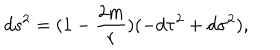
d s ^ { 2 } = ( 1 - \frac { 2 m } { r } ) ( - d \tau ^ { 2 } + d \sigma ^ { 2 } ) ,